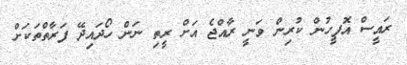
ރައީސް އޮފީހުން ކުރިން ވަނީ ރާއްޖެ އަށް ރީތި ނަން ހޯދައިދޭ ފަރާތްތަކަށް